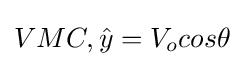
VMC,{\hat {y}}=V_{o}cos\theta